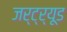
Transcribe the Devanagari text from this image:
जर्ट्र्यूड